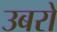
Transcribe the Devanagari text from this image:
उबरो